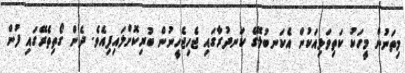
މިތަނުން މީހަކު ކަތިވަޅިއަކުން އެކަނބުލޭގެ ކަނދުރާގައި ޖެހިޖެހީނުން ބުރިކޮށްލައިފިއެވެ. ދެން ގޯތިތެރޭގައި ފުން